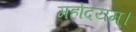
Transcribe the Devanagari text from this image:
महोदयम्।